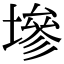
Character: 墋